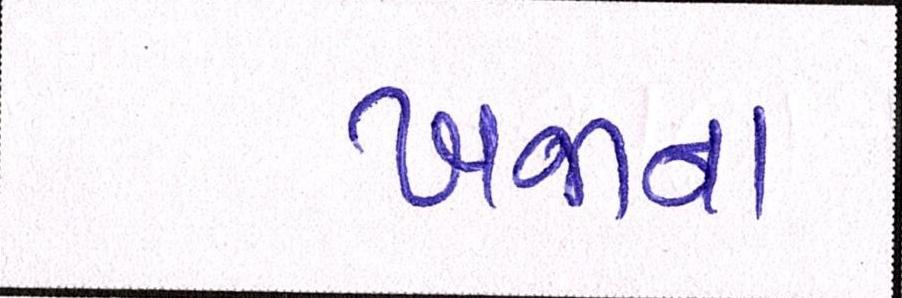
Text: ખજાના